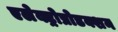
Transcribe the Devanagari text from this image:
एलेक्ट्रोप्रोडक्शन